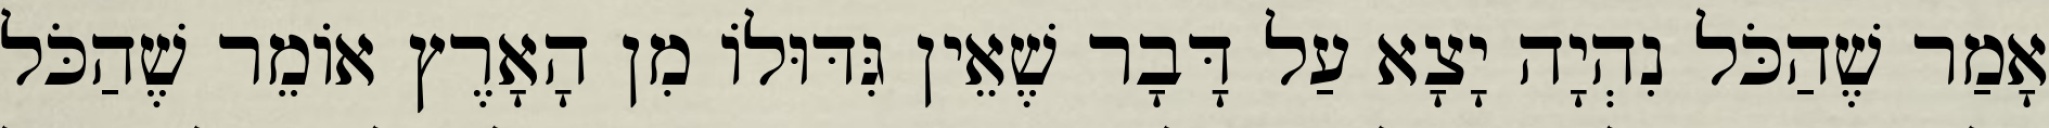
אָמַר שֶׁהַכֹּל נִהְיָה יָצָא עַל דָּבָר שֶׁאֵין גִּדּוּלוֹ מִן הָאָרֶץ אוֹמֵר שֶׁהַכֹּל